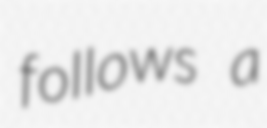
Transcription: follows a